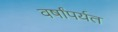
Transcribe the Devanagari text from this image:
वर्षांपर्यत